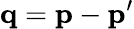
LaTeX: \mathbf{q}=\mathbf{p}-\mathbf{p}^{\prime}